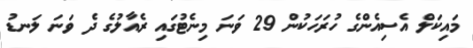
މައިކަލް އެސިއެންގެ ހުރަހަކުން 29 ވަނަ މިނެޓުގައި ރެއާލުގެ ދެ ވަނަ ލަނޑު